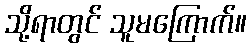
သို့ရာတွင် သူမကြောက်။